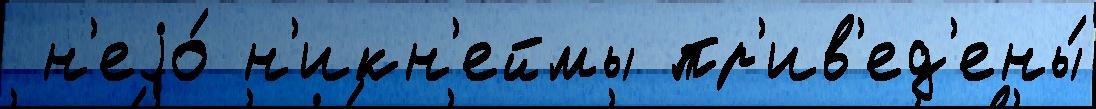
 н'еjо́ н'икн'еймы пр'ив'ед'ены́